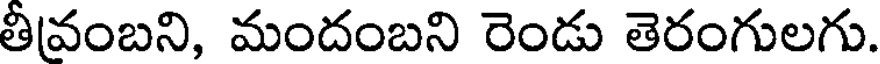
తీవంబని, మందంబని రెండు తెరంగులగు.